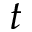
t